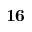
\mathbf { 1 6 }